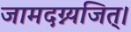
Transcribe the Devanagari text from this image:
जामदग्न्यजित्‌।